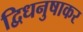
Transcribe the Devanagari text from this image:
द्विधनुषाकर